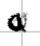
Text: a
Cross-out: zig-zag
Writing tool: digital_black